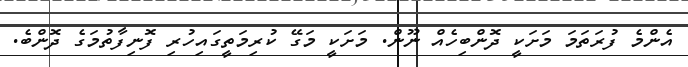
އެންމެ ފުރަތަމަ މަށަކީ ދޮންބިހެއް ނޫން. މަށަކީ މަގޭ ކުރިމަތީގައިހުރި ފޮނިފާތުމަގެ ދޮންބެ.